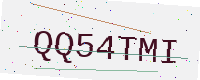
Text: QQ54TMI